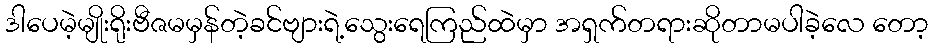
ဒါပေမဲ့မျိုးရိုးဗီဇမမှန်တဲ့ခင်ဗျားရဲ့သွေးရေကြည်ထဲမှာ အရှက်တရားဆိုတာမပါခဲ့လေ တော့